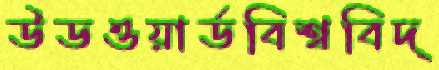
উডওয়ার্ডবিশ্ববিদ্